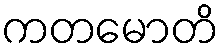
ကတမောတိ